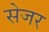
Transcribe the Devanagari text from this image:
सेजर